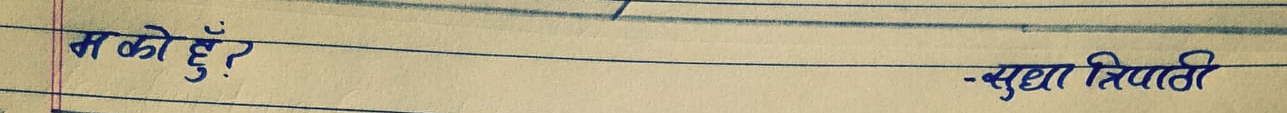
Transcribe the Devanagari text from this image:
म को हूँ? -सुधा त्रिपाठी